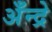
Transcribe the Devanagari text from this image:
अँन्द्रे